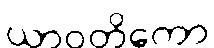
ယာဝတိကော